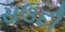
સઉદી